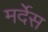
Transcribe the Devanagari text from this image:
मर्देस